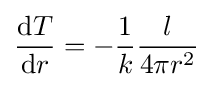
{{\mbox{d}}T \over {\mbox{d}}r}=-{1 \over k}{l \over 4\pi r^{2}}